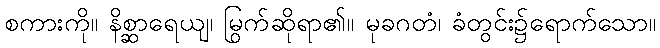
စကားကို။ နိစ္ဆာရေယျ၊ မြွက်ဆိုရာ၏။ မုခဂတံ၊ ခံတွင်း၌ရောက်သော။